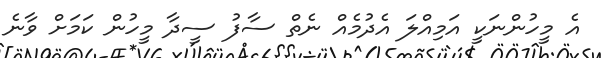
އެ މީހުންނަކީ އަމިއްލަ އެދުމެއް ނެތް ސާފު ސީދާ މީހުން ކަމަށް ވާނެ